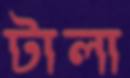
টালা